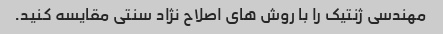
مهندسی ژنتیک را با روش های اصلاح نژاد سنتی مقایسه کنید.